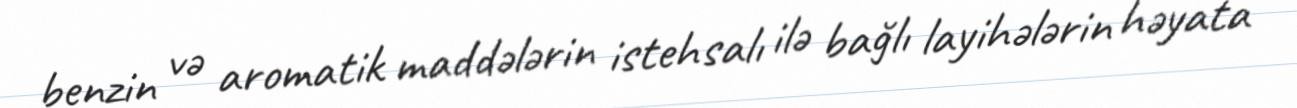
benzin və aromatik maddələrin istehsalı ilə bağlı layihələrin həyata